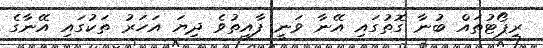
ރިޕޯޓުތައް ބުނާ ގޮތުގައި އޭނާ ވަނީ ފާއިތުވެ ދިޔަ އަހަރު ތަކުގައި އޭނާގެ